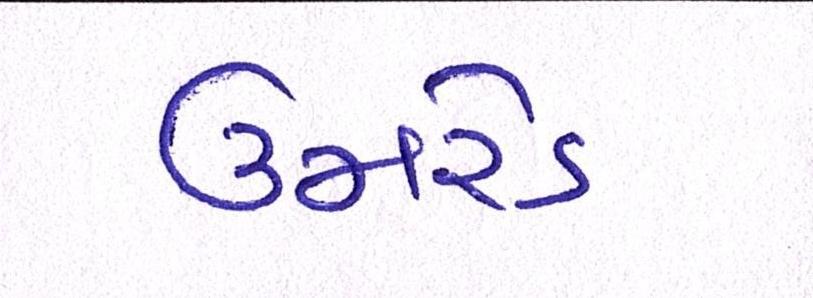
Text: ઉમરેડ